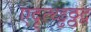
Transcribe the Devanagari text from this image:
एदृत्थ्ड्ढठ्ठद्व